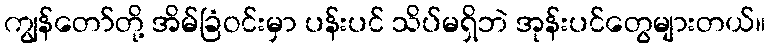
ကျွန်တော်တို့ အိမ်ခြံဝင်းမှာ ပန်းပင် သိပ်မရှိဘဲ အုန်းပင်တွေများတယ်။